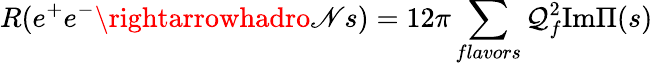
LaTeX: R(e^{+}e^{-}\rightarrowhadro\mathscr{N}s)=12\pi\sum_{flavors}\mathcal{Q}_{f}^{2}\mathrm{{Im}}\Pi(s)